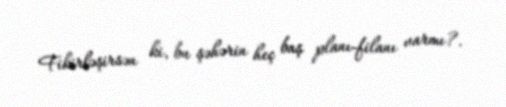
Fikirləşirsən ki, bu şəhərin heç baş planı-filanı varmı?.